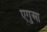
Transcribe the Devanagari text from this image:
एगुआ